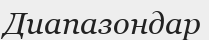
Диапазондар